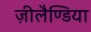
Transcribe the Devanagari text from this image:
ज़ीलैण्डिया